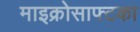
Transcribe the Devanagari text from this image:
माइक्रोसाफ्टका